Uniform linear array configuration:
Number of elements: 4
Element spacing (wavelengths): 0.75
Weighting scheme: exponential
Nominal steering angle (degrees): -45
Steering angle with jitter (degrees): -46.662
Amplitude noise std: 0.05
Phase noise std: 0.05

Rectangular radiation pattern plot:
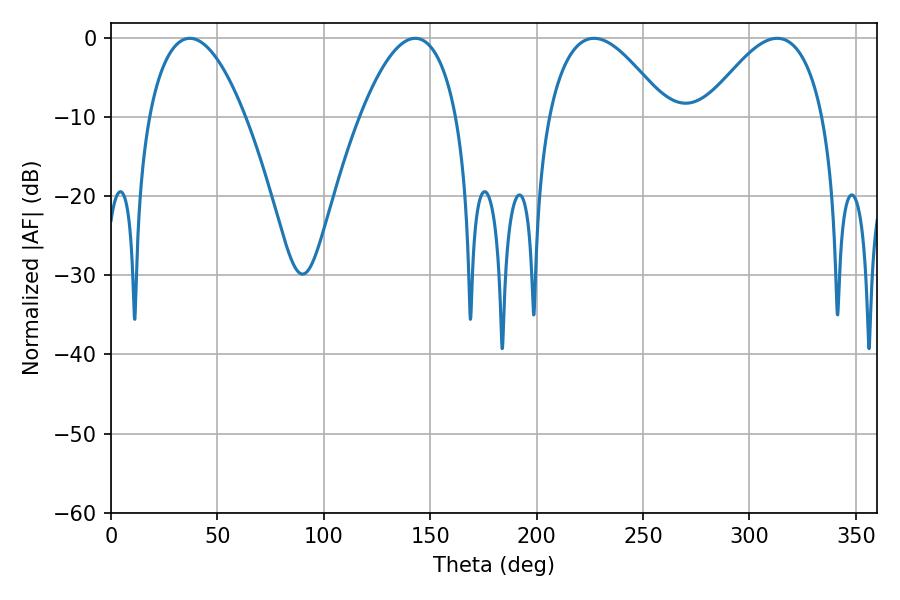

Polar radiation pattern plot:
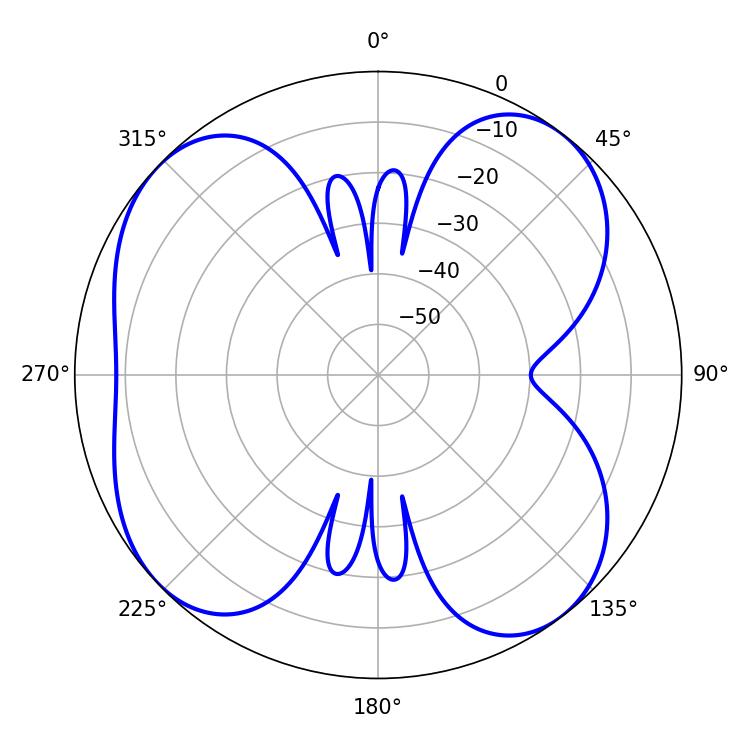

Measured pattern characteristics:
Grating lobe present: TRUE
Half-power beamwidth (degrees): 30.42
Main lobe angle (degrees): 226.98